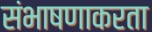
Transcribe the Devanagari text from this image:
संभाषणाकरता